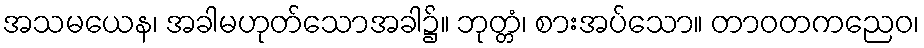
အသမယေန၊ အခါမဟုတ်သောအခါ၌။ ဘုတ္တံ၊ စားအပ်သော။ တာဝတကညေဝ၊